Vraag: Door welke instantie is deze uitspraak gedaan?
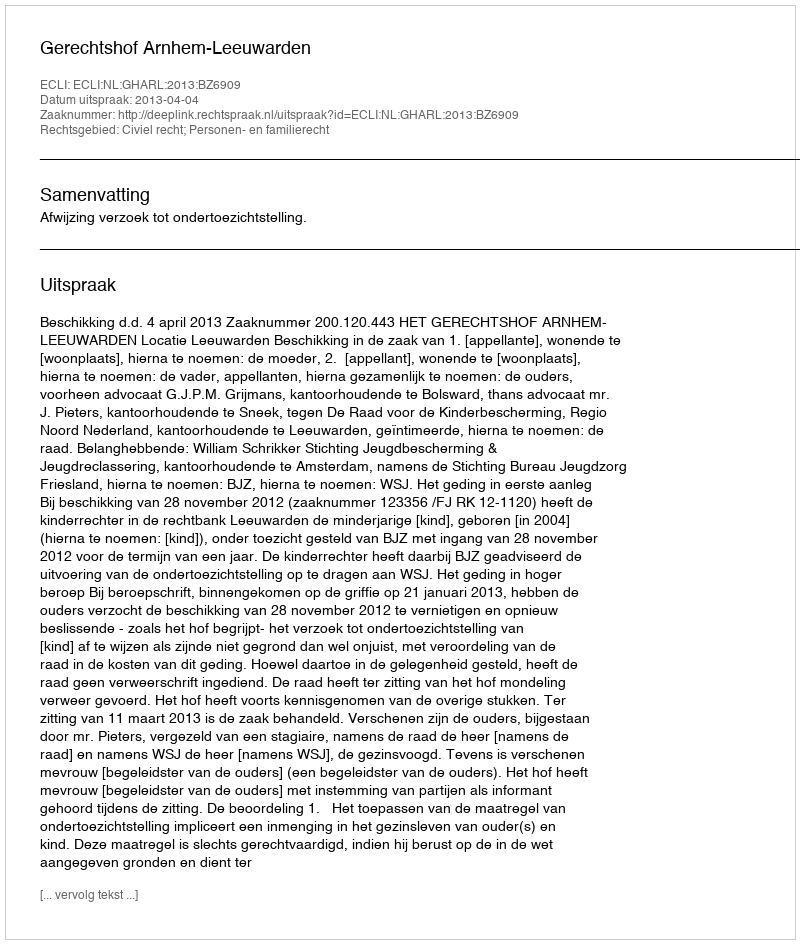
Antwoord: Gerechtshof Arnhem-Leeuwarden